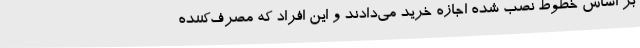
بر اساس خطوط نصب شده اجازه خرید می‌دادند و این افراد که مصرف‌کننده